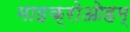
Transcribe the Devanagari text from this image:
माइक्रोओहम्‌